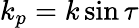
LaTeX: k_{p}=k\sin\tau